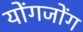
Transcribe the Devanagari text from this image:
योंगजोंग